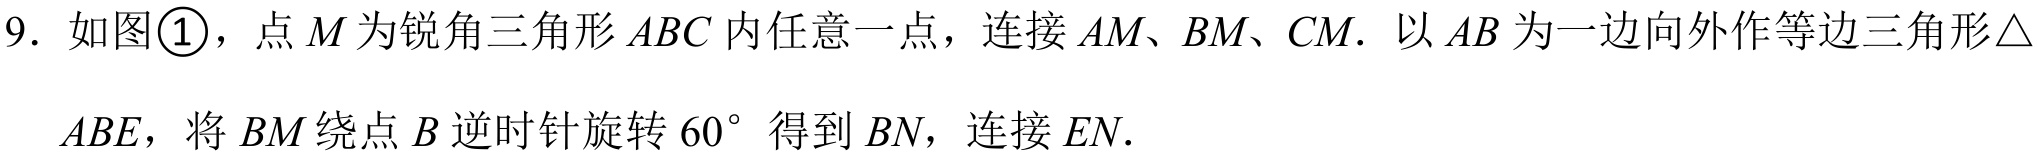
9. 如图\textcircled{1}，点\(M\)为锐角三角形\(ABC\)内任意一点，连接\(AM、BM、CM\). 以\(AB\)为一边向外作等边三角形\(\triangle ABE\)，将\(BM\)绕点\(B\)逆时针旋转\(60^{\circ}\)得到\(BN\)，连接\(EN\).